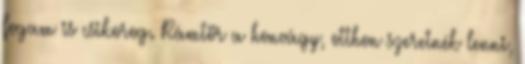
fogam is csikorog. Rámtör a honvágy, otthon szeretnék lenni,